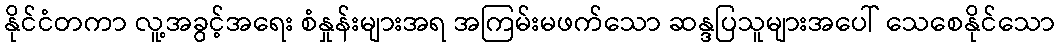
နိုင်ငံတကာ လူ့အခွင့်အရေး စံနှုန်းများအရ အကြမ်းမဖက်သော ဆန္ဒပြသူများအပေါ် သေစေနိုင်သော